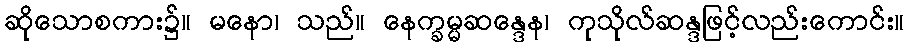
ဆိုသောစကား၌။ မနော၊ သည်။ နေက္ခမ္မဆန္ဒေန၊ ကုသိုလ်ဆန္ဒဖြင့်လည်းကောင်း။